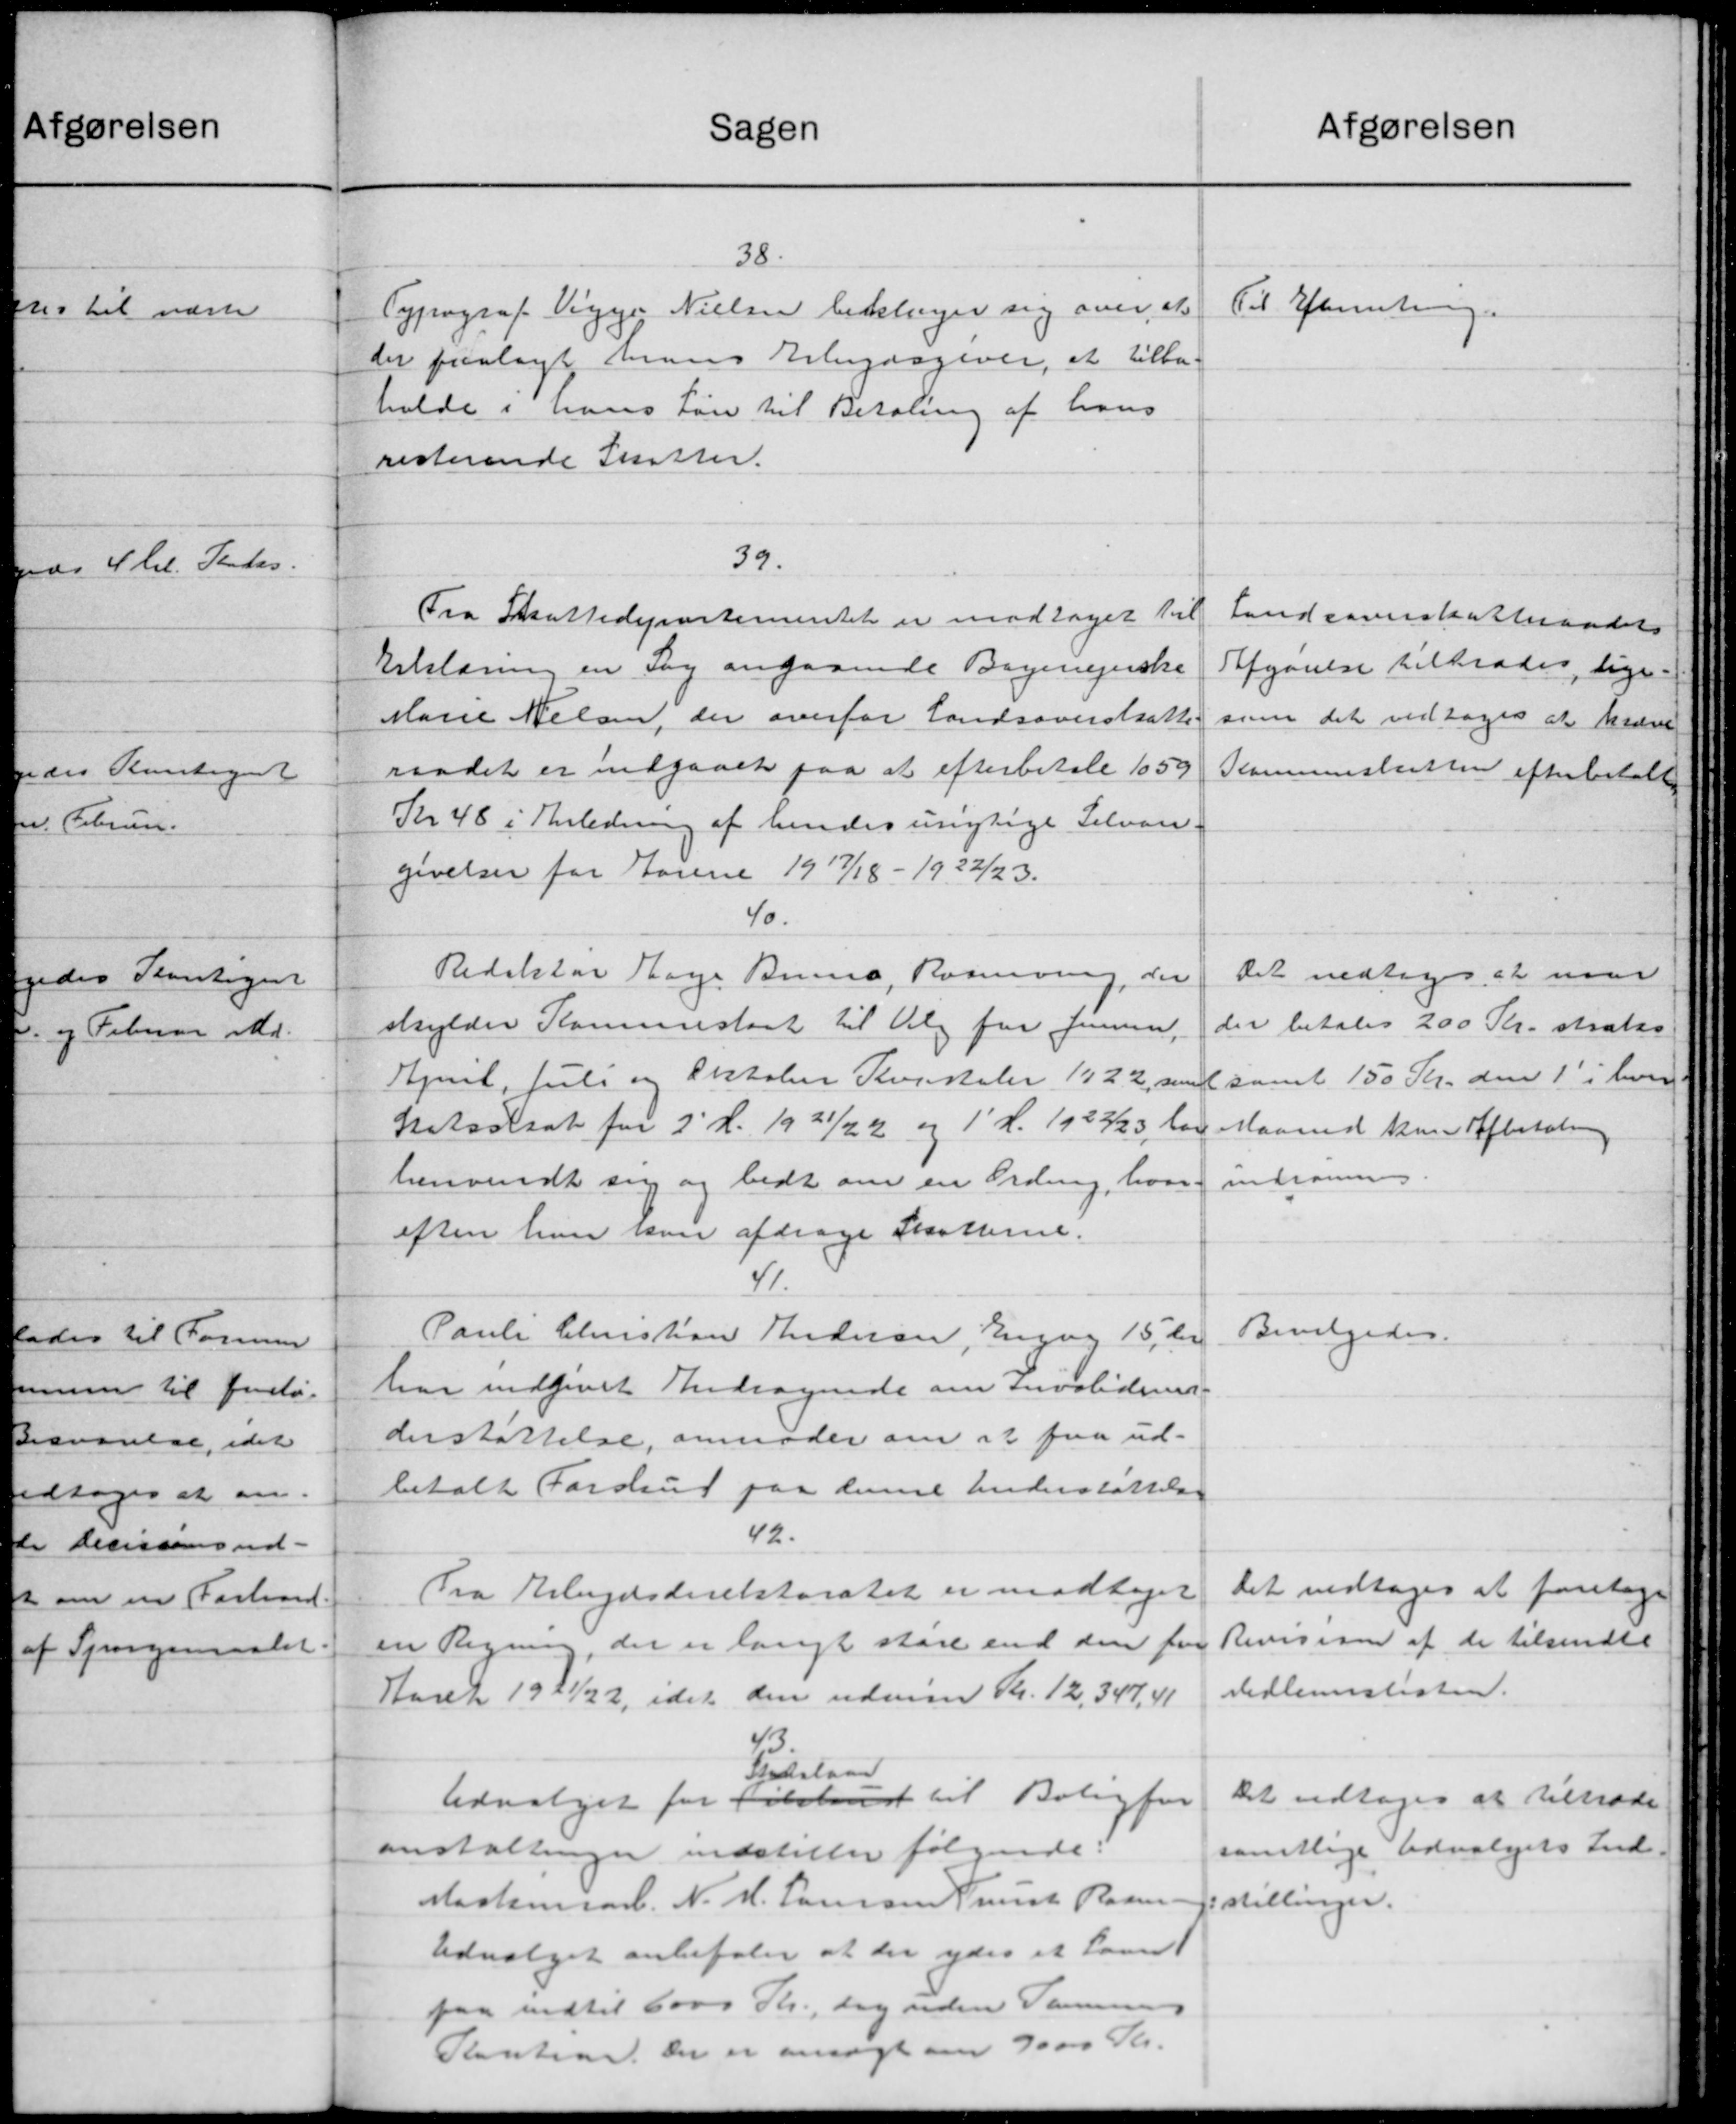
Transskription:
Sagen
38.
Typograf Viggo Nielsen beklager sig over at
der paalagt hans Arbejdsgiver, at tilba
holde i hans Løn til Betaling af hans
resterende Skatter.
39.
Fra Skattedepartementet er modtaget til
Erklæring en Sag angaaende Bagerejerske
Marie Nielsen, der overfor Landsoverskatte
raadet er indgaaet paa at efterbetale 1059
Kr 48 i Anledning af hendes urigtige Selvan
givelser for Forene 1917/18 - 1922/23.
40
Redaktør Aage Brund, Rasmusen, der
skylder Kommiskart til Valg for Januar,
April, Juli og Oktober Kvartaler 1922, som
Skotselsat for 2' d. 1921/22 og 1' d. 1922/23 for
henvendt sig og bedt om en Ording, hvor
efter han naar afdrage Skatterne.
41.
Pauli Christian Andersen, Engag 15, der
har indgivet Andragende om Invaliderens-
derstøttelse, anmoder om at faa ud-
betalt Forskud paa denne Understøttelse
42.
Fra Arbejdsdirektoratet er modtaget
en Regning der er langt store end den for
Aaret 19 - 1/22, idet den uden Kr. 12,347,41
43
Stidslaan
Udvalget for Tilskud til Boligfor
anstaltninger indstiller følgende:
Maskinar N. M. Laursen Trust Rasm
Udvalget anbefaler at der ydes et Laan
paa indtil 6000 Kr., dog uden Samme
Kontion der er ansøgt om 70000 Kr.